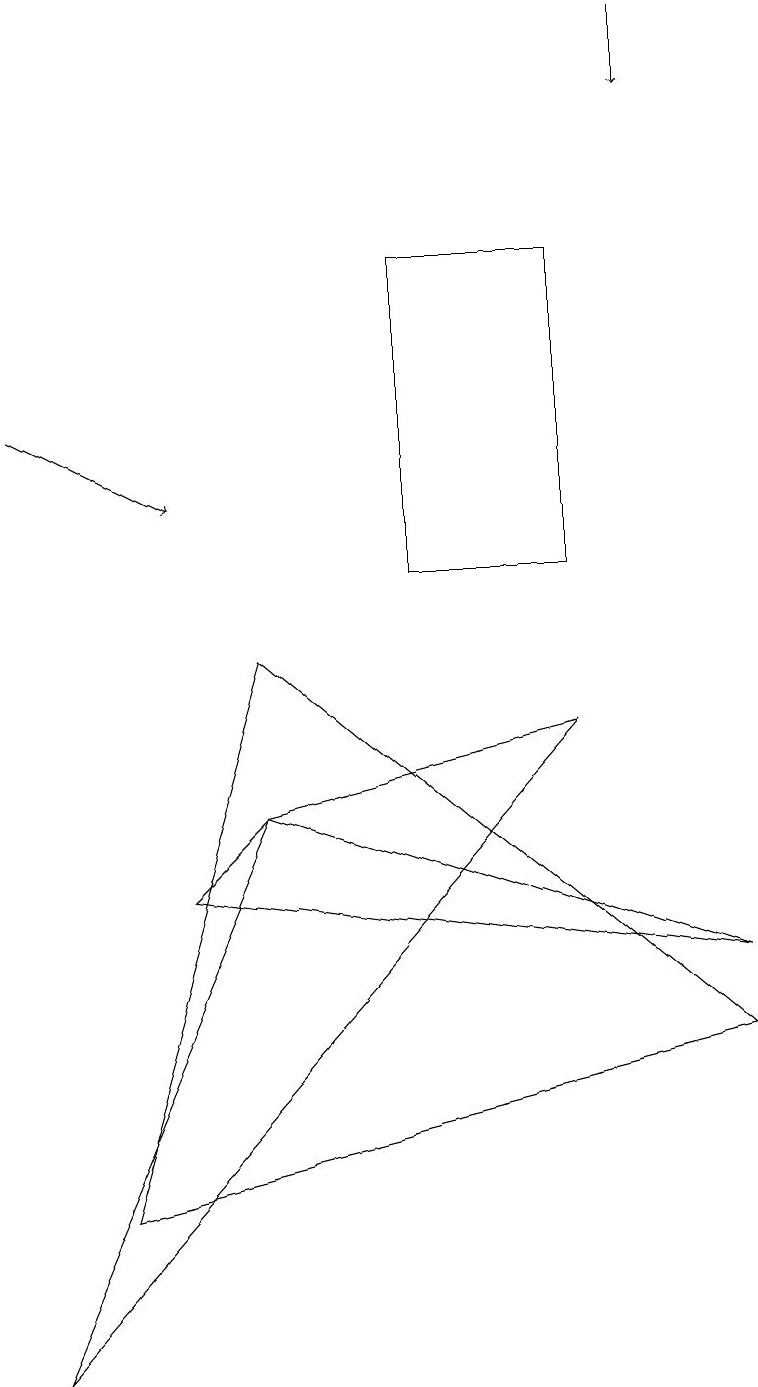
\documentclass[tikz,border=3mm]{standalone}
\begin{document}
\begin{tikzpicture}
\draw[->] (8,17) -- (8,16);
\draw (7,8) -- (3,7) -- (0,0) -- cycle;
\draw (1,2) -- (3,9) -- (9,4) -- cycle;
\draw[->] (0,12) -- (2,11);
\draw (7,10) rectangle (5,14);
\draw (2,6) -- (9,5) -- (3,7) -- cycle;
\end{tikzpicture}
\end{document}